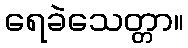
ရေခဲသေတ္တာ။